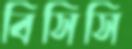
বিসিসি